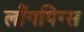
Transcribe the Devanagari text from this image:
लौंगपिग्स